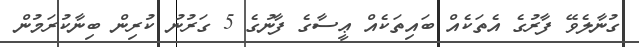
ގުނާލެވޭ ފާރުގެ އެތަކެއް ބައިތަކެއް ޢީސާގެ ފާނުގެ 5 ގަރުނު ކުރިން ބިނާކުރަމުން